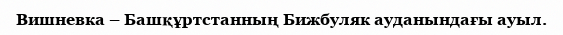
Вишневка – Башқұртстанның Бижбуляк ауданындағы ауыл.